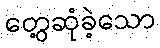
တွေ့ဆုံခဲ့သော